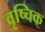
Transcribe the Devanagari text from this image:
वृष्चिक